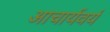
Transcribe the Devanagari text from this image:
आचार्यवर्य